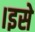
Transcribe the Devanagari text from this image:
।इसे